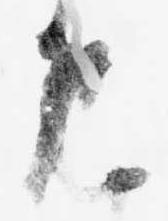
返